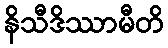
နိသီဒိဿာမီတိ